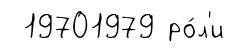
19701979 ро́л'и